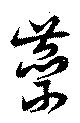
蘂